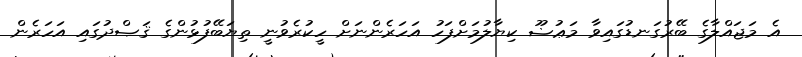
އެ މަޖައްލާގެ ބޭރުގަނޑުގައިވާ މަޢުޟޫ ކިޔާލުމަށްފަހު އަހަރެންނަށް ހީކުރެވުނީ ތިޔަބޭފުޅުންގެ ޤަޞްދުގައި އަހަރެން